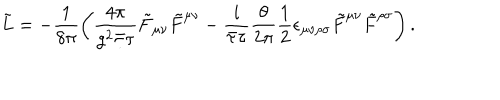
\tilde { L } = - \frac { 1 } { 8 \pi } \left( \frac { 4 \pi } { g ^ { 2 } \bar { \tau } \tau } \tilde { F } _ { \mu \nu } \tilde { F } ^ { \mu \nu } - \frac { i } { \bar { \tau } \tau } \frac { \theta } { 2 \pi } \frac { 1 } { 2 } \epsilon _ { \mu \nu \rho \sigma } \tilde { F } ^ { \mu \nu } \tilde { F } ^ { \rho \sigma } \right) .